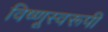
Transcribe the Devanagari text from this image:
विष्णूस्वरूपी